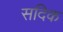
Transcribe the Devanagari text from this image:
सदिक